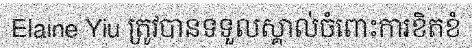
Elaine Yiu ត្រូវបានទទួលស្គាល់ចំពោះការខិតខំ